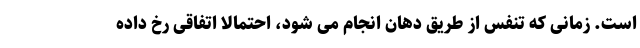
است. زمانی که تنفس از طریق دهان انجام می شود، احتمالا اتفاقی رخ داده